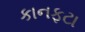
કાનફટા